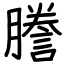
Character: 謄